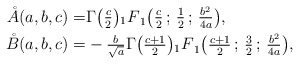
\begin{align*}\mathring{A}(a,b,c) = & \Gamma \big ( \tfrac{c}{2} \big ) {_1 F}_{1} \big ( \tfrac{c}{2} \, ; \, \tfrac{1}{2} \, ; \, \tfrac{b^2}{4 a} \big ), \\\mathring{B}(a,b,c) = & - \tfrac{b}{\sqrt{a}} \Gamma \big ( \tfrac{c+1}{2} \big ) {_1 F}_{1} \big ( \tfrac{c+1}{2} \, ; \, \tfrac{3}{2} \, ; \, \tfrac{b^2}{4 a} \big ),\end{align*}